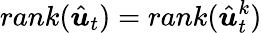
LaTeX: rank(\hat{\boldsymbol{u}}_{t})=rank(\hat{\boldsymbol{u}}_{t}^{k})